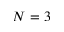
N = 3